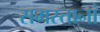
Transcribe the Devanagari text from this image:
समस्तानां